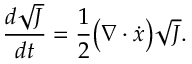
\frac { d \sqrt { J } } { d t } = \frac { 1 } { 2 } \big ( \nabla \cdot \dot { x } \big ) \sqrt { J } .